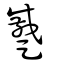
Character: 蹙